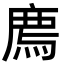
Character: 廌